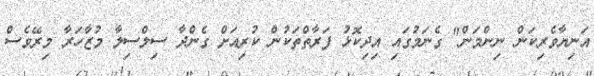
އަނިޔާވެރިކަން ނިންމަން" ގެނަމުގައި އިދިކޮޅު ފަރާތްތަކުން ކުރިއަށް ގެންދާ ސިލްސިލާ މުޒާހަރާ މިރޭވެސް